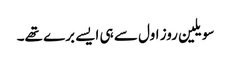
سویلین روز اول سے ہی ایسے برے تھے۔